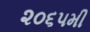
૨૦૬૫મી